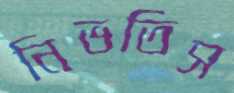
নিভতিস